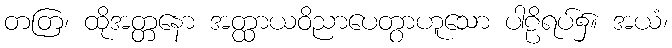
တတြ၊ ထိုအတ္တနော အတ္ထာယဝိညာပေတွာဟူသော ပါဠိရပ်၌။ အယံ၊